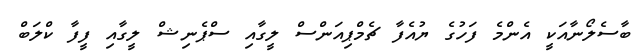
ބާސެލޯނާއަކީ އެންމެ ފަހުގެ ޔުއެފާ ޗެމްޕިއަންސް ލީގާއި ސްޕެނިޝް ލީގާއި ފީފާ ކްލަބް